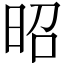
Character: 昭